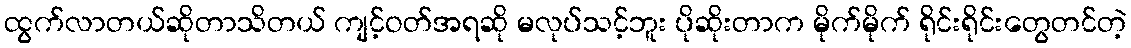
ထွက်လာတယ်ဆိုတာသိတယ် ကျင့်ဝတ်အရဆို မလုပ်သင့်ဘူး ပိုဆိုးတာက မိုက်မိုက် ရိုင်းရိုင်းတွေတင်တဲ့